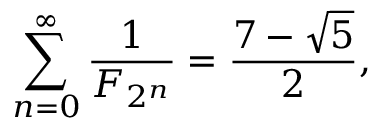
\sum _ { n = 0 } ^ { \infty } { \frac { 1 } { F _ { 2 ^ { n } } } } = { \frac { 7 - { \sqrt { 5 } } } { 2 } } ,